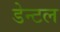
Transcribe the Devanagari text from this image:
डेन्टल